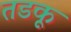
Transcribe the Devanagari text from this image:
तडकू